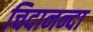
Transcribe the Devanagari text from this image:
चिदानन्दा